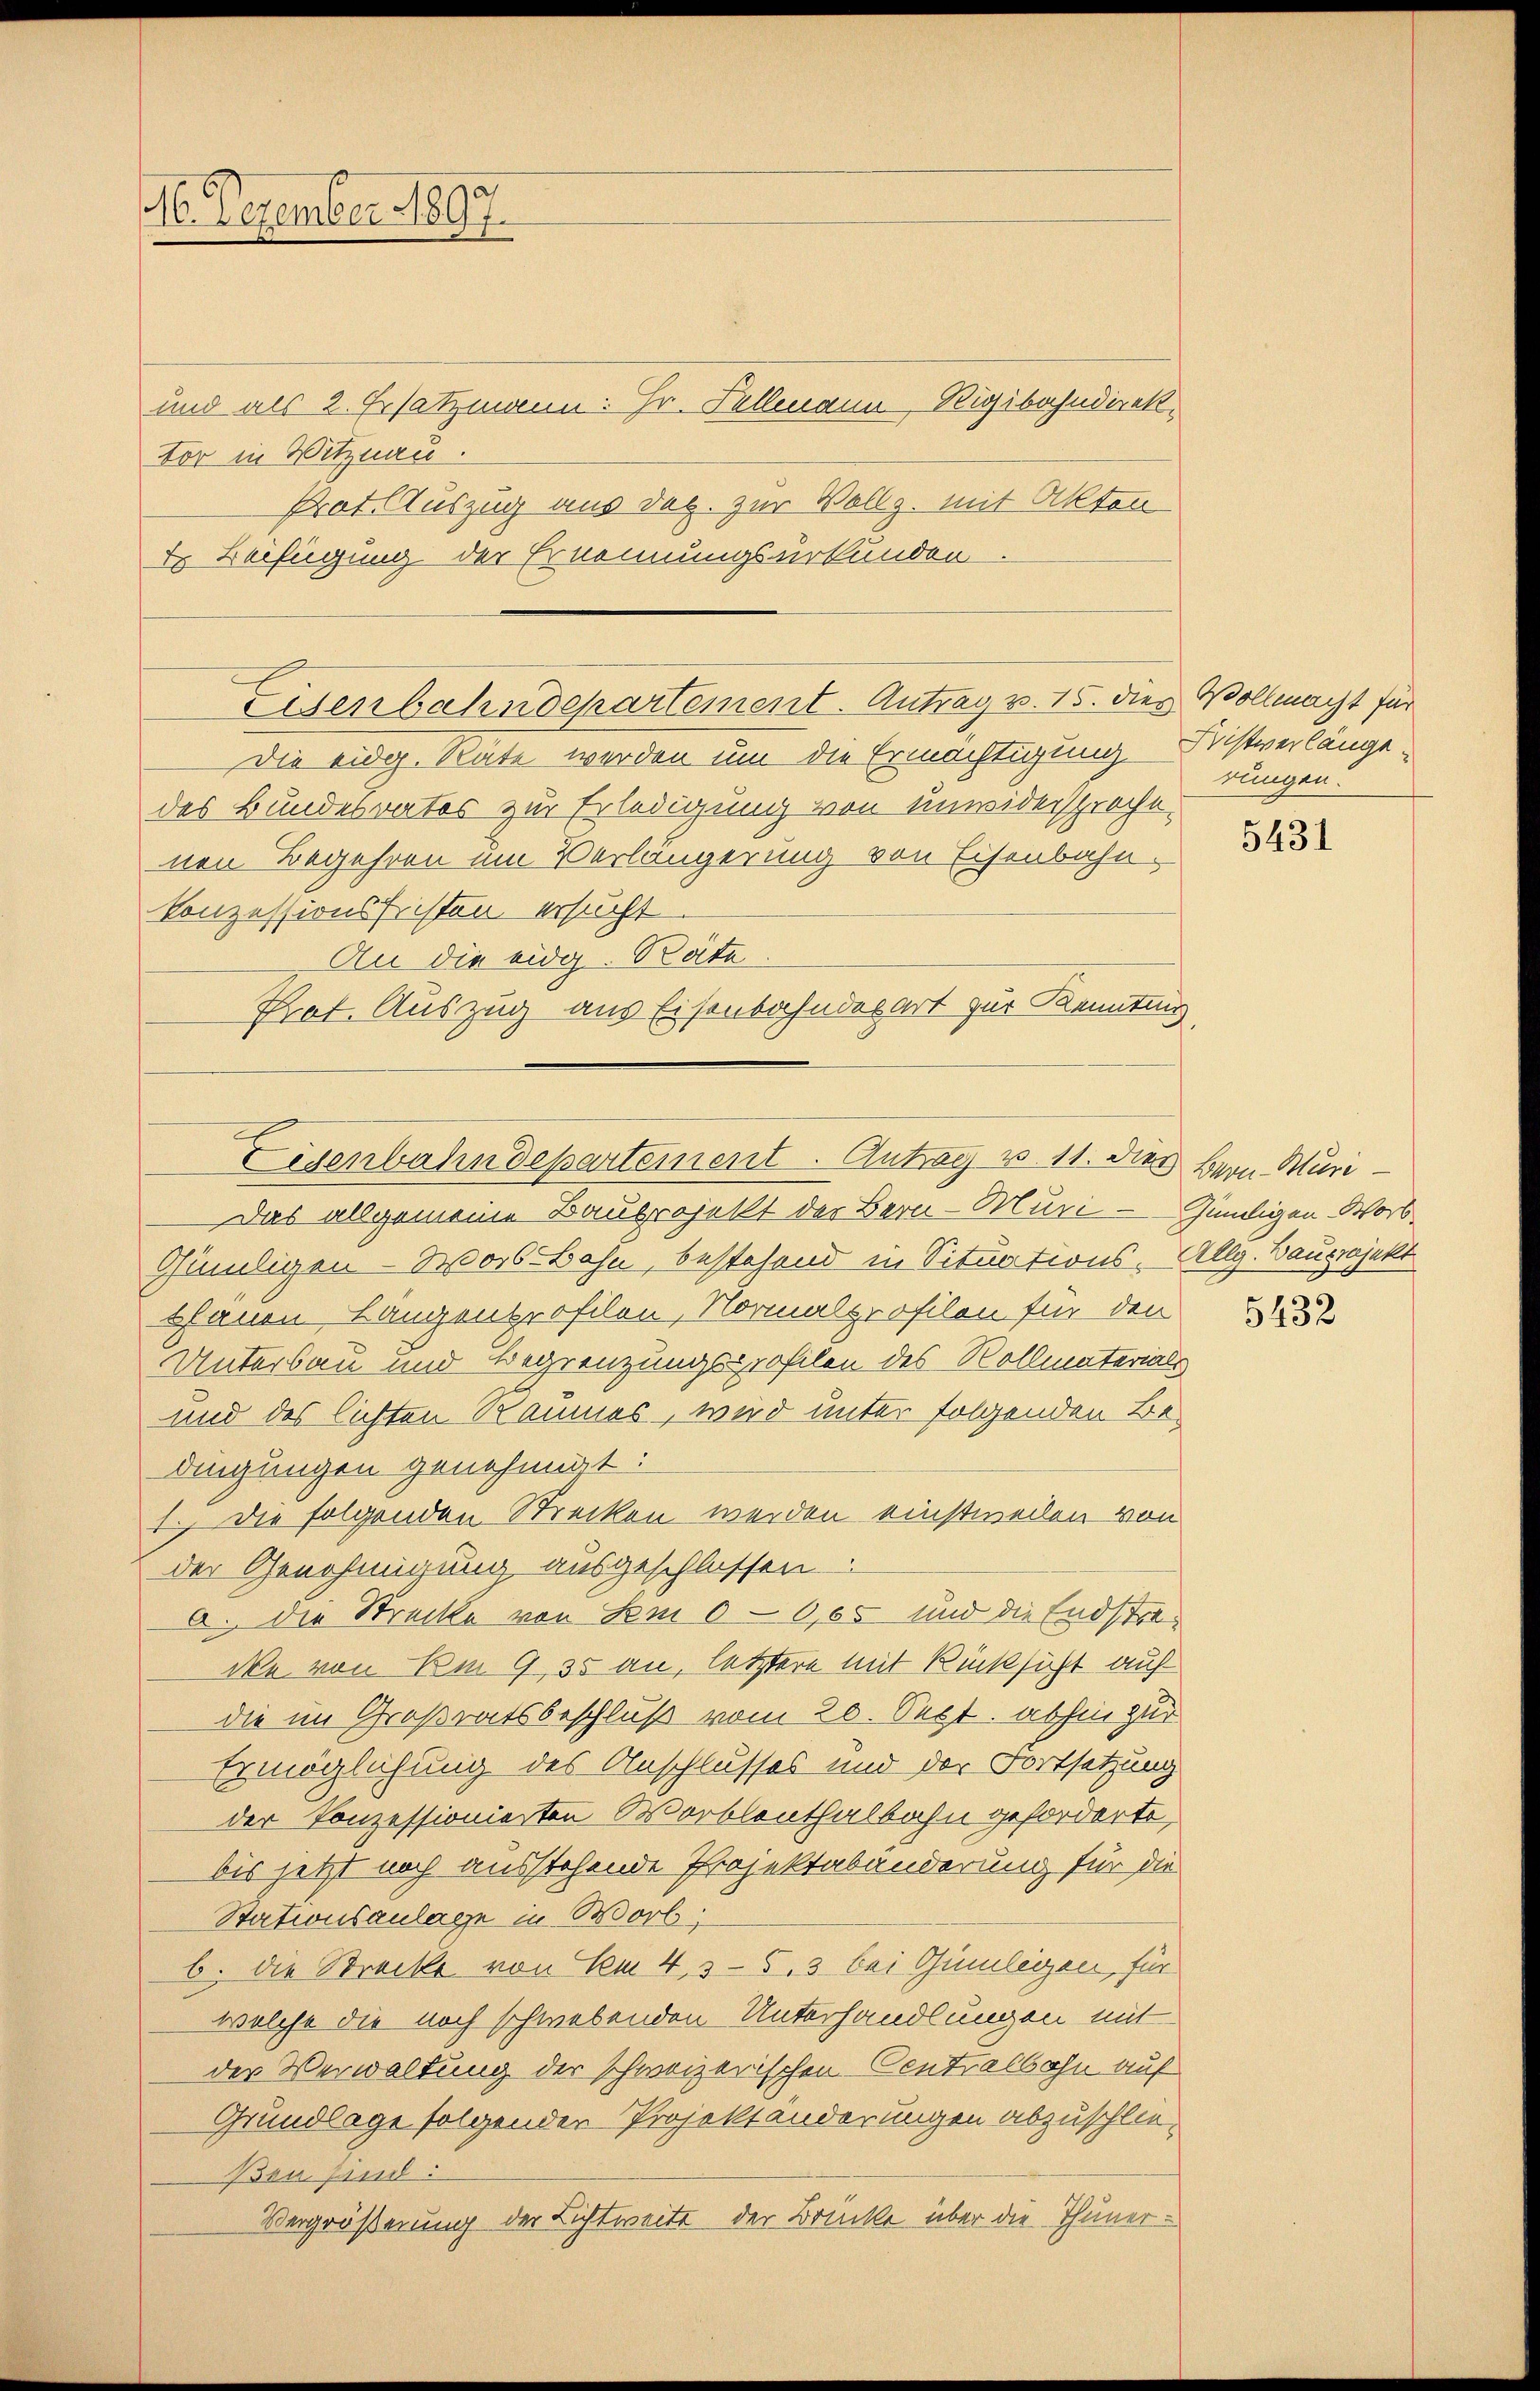
16. Dezember 1897.

und als 2. Ersatzmann: Hr. Fellmann, Rigibahndirektor in Witznau.
Prat Auszug aus dec. zur Vollz. mit Akten
E Verfügung der Ernennungsurkunden.

Eisenbahndepartement. Antrag v. 15. dies Vollmacht für

Die eidg. Räte werden um die Ermächtigung Fristverlänge
des Bundesrates zur Erledigung von unwidersproche.
nen Begehren um Verlängerung von Eisenbahn-
Konzessionsfristen ersucht
An die eidg. Räte:
Praf. Auszug aus Eisenbahnderart zur Kenntnis

Eisenbahndepartement. Antrag v. 11. dies Bern Muri

Das allgemeine Bauprojekt der Bern - Muri - Gündigen Worb¬
Gümligen- Was-Bahn, bestehend in Situations-Allg. Bauprojekt
schauen Längenprofilen, Normalprofilon für den
Unterbau und Begrenzungsprofilen des Rollmaterials
und des lichten Raumes, wird unter folgenden Bedingungen genehmigt:
1. Die folgenden Strecken werden einstweilen von
der Genehmigung ausgeschlossen
a. die Strecke von Sem 00,05 und die Endstrade von Am 9, 35 an, letztere mit Rücksicht auf
die im Großratsbeschluß vom 20. Sept. abhin zur
Ermöglichung des Anschlusses und der Fortsetzung
der Konzessionierten Worblenthalbahn geforderte,
bis jetzt noch ausstehende Projektabänderung für die
Stationsanlage in Worb;
b. die Strecke von Am 435. 3 bei Gümligen, für
welche die noch schwebenden Unterhandlungen mit
der Verwaltung der schweizerischen Centrassohn auf
Grundlage folgender Projektänderungen abzuschließen sind:
Vergrößerung der Lichtweite der Brücke über die Thuner¬

rungen.

5431

5432